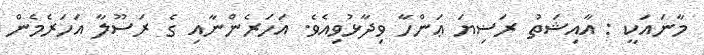
މާނައަކީ : އާއިޝަތު ރަޟިޔަ ޢަންހާ ވިދާޅުވިއެވެ. އަހަރެންނާއި ގެ ރަސޫލާ އަހަރެމެން